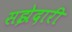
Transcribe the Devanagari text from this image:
सझेदारी